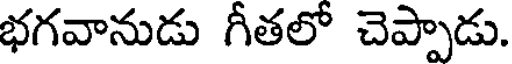
భగవానుడు గీతలో చెప్పాడు.